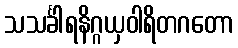
သသင်္ခါရနိဂ္ဂယှဝါရိတဂတော